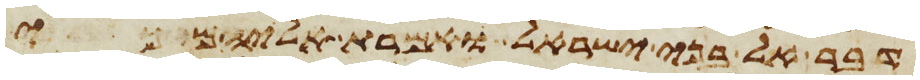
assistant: דבר אל בני ישראל ואמרת אליהם כי